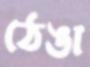
ঠেঙা